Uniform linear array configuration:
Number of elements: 64
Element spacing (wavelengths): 0.75
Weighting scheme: hann
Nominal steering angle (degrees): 15
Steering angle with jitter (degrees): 13.75
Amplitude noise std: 0.05
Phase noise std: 0.05

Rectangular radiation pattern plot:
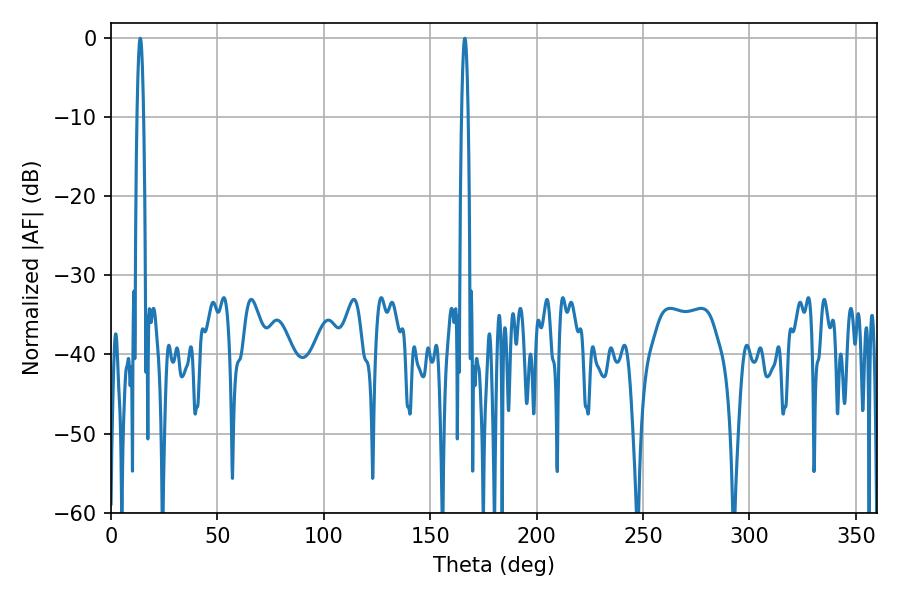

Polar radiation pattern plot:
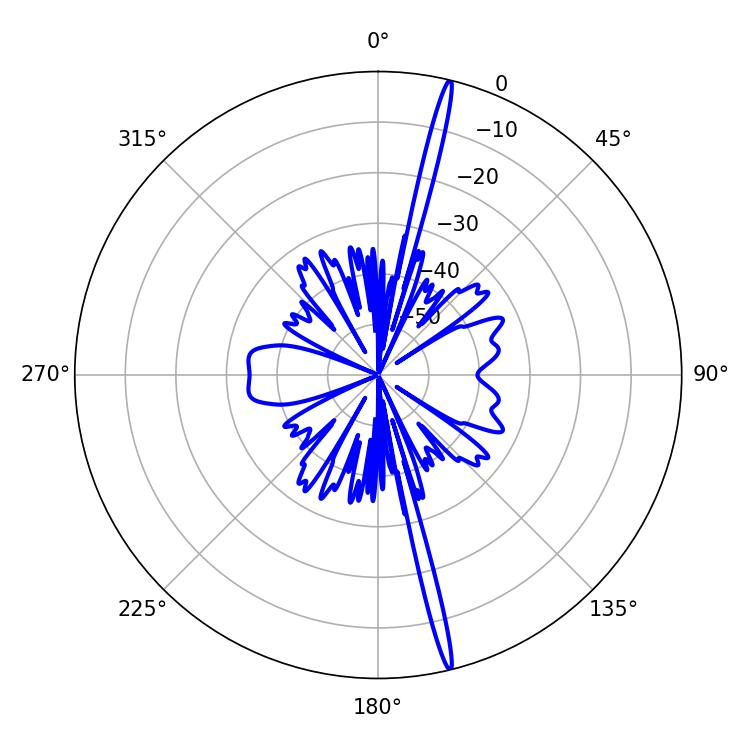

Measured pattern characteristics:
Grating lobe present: TRUE
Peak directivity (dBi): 21.053
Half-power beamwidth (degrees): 1.62
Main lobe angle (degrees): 13.68